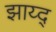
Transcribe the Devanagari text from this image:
झाय्द्